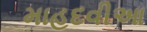
માહદવીઆ